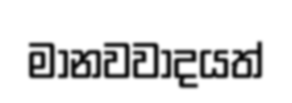
මානවවාදයත්